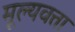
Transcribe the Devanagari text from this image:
मूल्यवत्ता